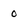
Character: 0